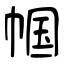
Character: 帼